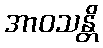
အာဝသန္တိ